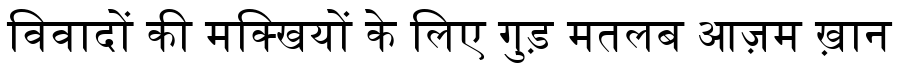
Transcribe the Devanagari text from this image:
विवादों की मक्खियों के लिए गुड़ मतलब आज़म ख़ान